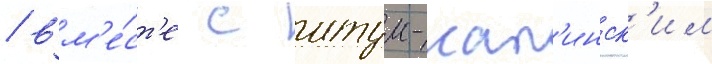
/ вм'е́ст'е с итум-кал'инск'им